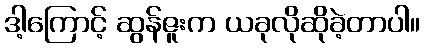
ဒါ့ကြောင့် ဆွန်ဇူးက ယခုလိုဆိုခဲ့တာပါ။